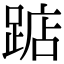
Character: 踮